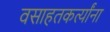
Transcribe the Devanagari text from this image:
वसाहतकर्त्यांना